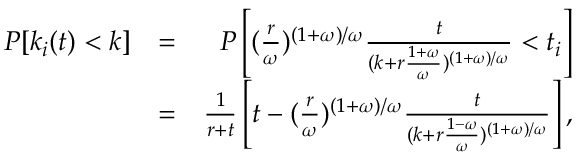
\begin{array} { r l r } { P [ k _ { i } ( t ) < k ] } & { = } & { P \left[ ( \frac { r } { \omega } ) ^ { ( 1 + \omega ) / \omega } \frac { t } { ( k + r \frac { 1 + \omega } { \omega } ) ^ { ( 1 + \omega ) / \omega } } < t _ { i } \right] } \\ & { = } & { \frac { 1 } { r + t } \left[ t - ( \frac { r } { \omega } ) ^ { ( 1 + \omega ) / \omega } \frac { t } { ( k + r \frac { 1 - \omega } { \omega } ) ^ { ( 1 + \omega ) / \omega } } \right] , } \end{array}